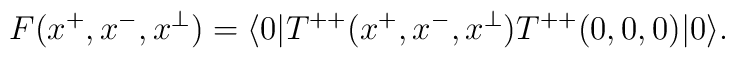
F(x^+,x^-,x^\perp) = \langle 0| T^{++}(x^+,x^-,x^\perp)T^{++}(0,0,0)|0 \rangle.